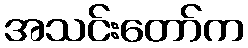
အသင်းတော်က